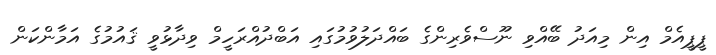
ޕީޕީއެމް އިން މިއަދު ބޭއްވި ނޫސްވެރިންގެ ބައްދަލުވުމުގައި އަބްދުއްރަހީމް ވިދާޅުވީ ޤައުމުގެ އަމާންކަން